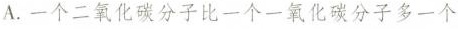
A.一个二氧化碳分子比一个一氧化碳分子多一个